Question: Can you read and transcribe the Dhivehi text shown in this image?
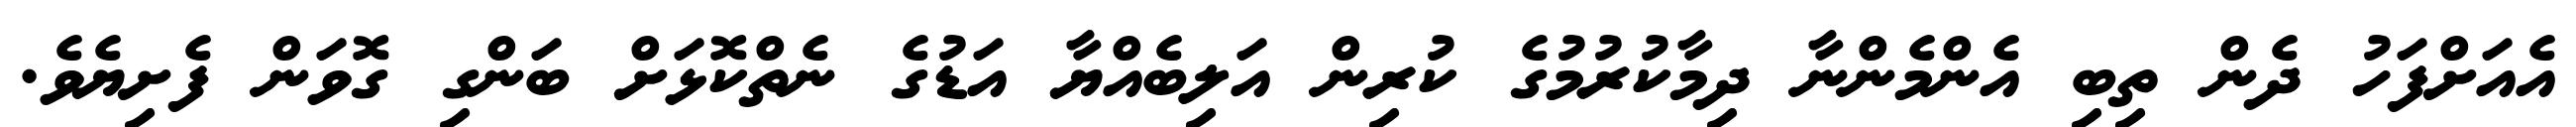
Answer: އެއަށްފަހު ދެން ތިބި އެންމެންނާ ދިމާކުރުމުގެ ކުރިން އަލިބެއްޔާ އަޑުގެ ނެތްކޮޅަށް ބަންގި ގޮވަން ފެށިޔެވެ.